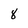
Character: 8